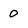
Character: O